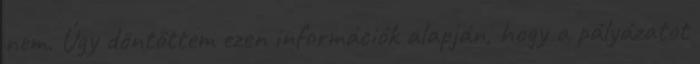
nem. Úgy döntöttem ezen információk alapján, hogy a pályázatot